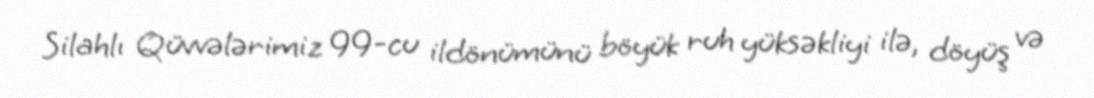
Silahlı Qüvvələrimiz 99-cu ildönümünü böyük ruh yüksəkliyi ilə, döyüş və